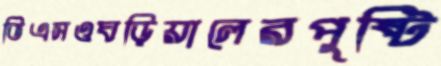
ভিএসওঘড়িয়ালেরপুষ্টি